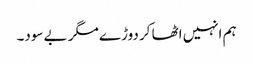
ہم انہیں اٹھا کر دوڑے مگر بے سود۔